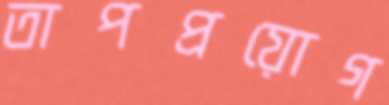
তাপপ্রয়োগ